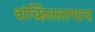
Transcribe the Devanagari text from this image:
वांच्छितलाभाय